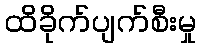
ထိခိုက်ပျက်စီးမှု